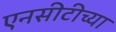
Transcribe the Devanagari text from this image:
एनसीटीच्या